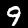
Digit: 9